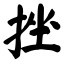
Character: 挫